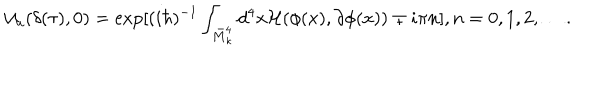
{ \cal U } _ { u } ( \delta ( \tau ) , 0 ) = \exp [ ( i \hbar ) ^ { - 1 } \int _ { \bar { M } _ { \kappa } ^ { 4 } } d ^ { 4 } x { \cal H } ( \phi ( x ) , \partial \phi ( x ) ) \mp i \pi n ] , n = 0 , 1 , 2 , \ldots .